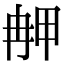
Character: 𤱣